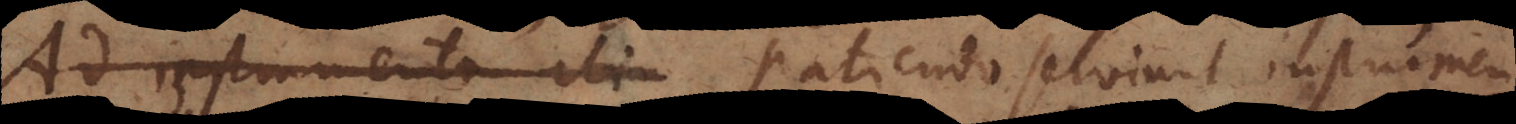
Ad instrumenta eti, patiendo serviunt instrumenta